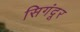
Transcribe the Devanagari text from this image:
सिगंदूर